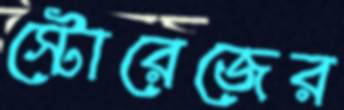
স্টোরেজের